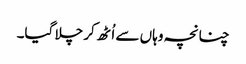
چنانچہ وہاں سے اُٹھ کر چلا گیا۔